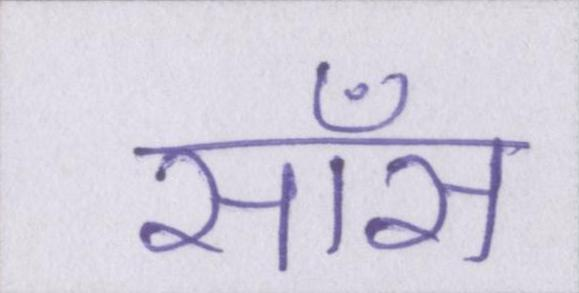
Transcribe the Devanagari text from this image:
साँस